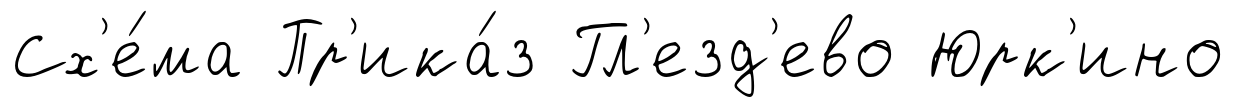
Сх'е́ма Пр'ика́з Гл'езд'ево Юрк'ино